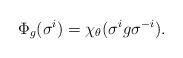
LaTeX: \begin{align*}\Phi_g(\sigma^i) = \chi_\theta(\sigma^ig\sigma^{-i}).\end{align*}